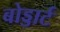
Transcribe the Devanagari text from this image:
बोड्डार्ट